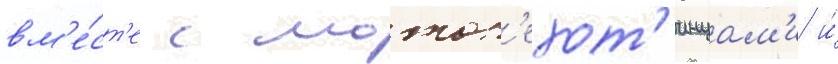
вм'е́ст'е с мотоп'ехот'инцам'и и́